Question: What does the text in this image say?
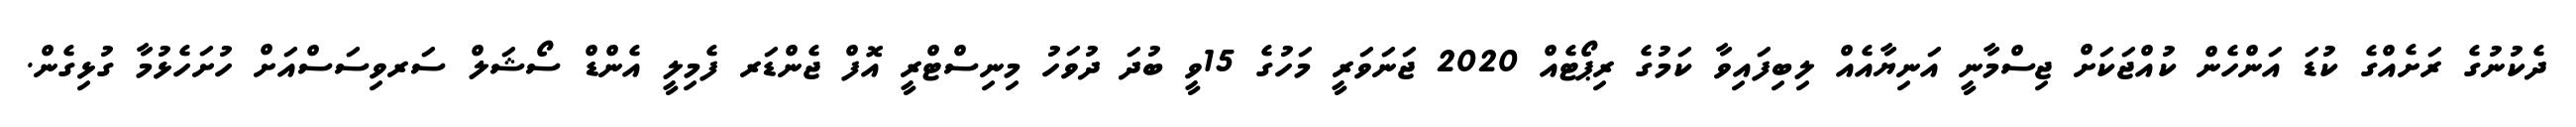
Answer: ދެކުނުގެ ރަށެއްގެ ކުޑަ އަންހެން ކުއްޖަކަށް ޖިސްމާނީ އަނިޔާއެއް ލިބިފައިވާ ކަމުގެ ރިޕޯޓެއް 2020 ޖަނަވަރީ މަހުގެ 15ވީ ބުދަ ދުވަހު މިނިސްޓްރީ އޮފް ޖެންޑަރ ފެމިލީ އެންޑް ސޯޝަލް ސަރވިސަސްއަށް ހުށަހެޅުމާ ގުޅިގެން.